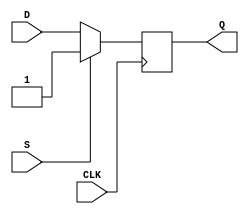
module dff (
    input D,
    input CLK,
    input S,
    output reg Q
);

always @(posedge CLK) begin
    if (S)
        Q <= 1'b1; //force Q to be high
    else
        Q <= D; //store the value of D on the rising edge of the clock
end

endmodule